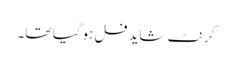
کرنٹ شاید فل ہو گیا تھا۔